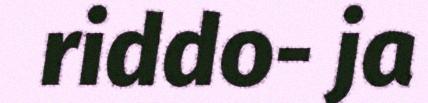
riddo- ja